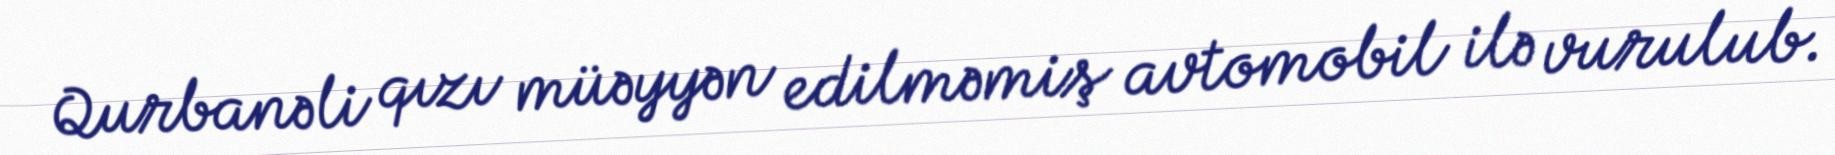
Qurbanəli qızı müəyyən edilməmiş avtomobil ilə vurulub.